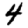
Digit: 4